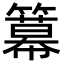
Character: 𥵵